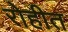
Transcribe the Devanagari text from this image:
रोहीत